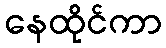
နေထိုင်ကာ